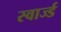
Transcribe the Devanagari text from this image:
स्वार्ज्ड